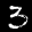
Label: 3